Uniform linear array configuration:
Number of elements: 64
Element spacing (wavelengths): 0.25
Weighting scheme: binomial
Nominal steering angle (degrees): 0
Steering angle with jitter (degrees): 0.3753
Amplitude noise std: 0.05
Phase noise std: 0.05

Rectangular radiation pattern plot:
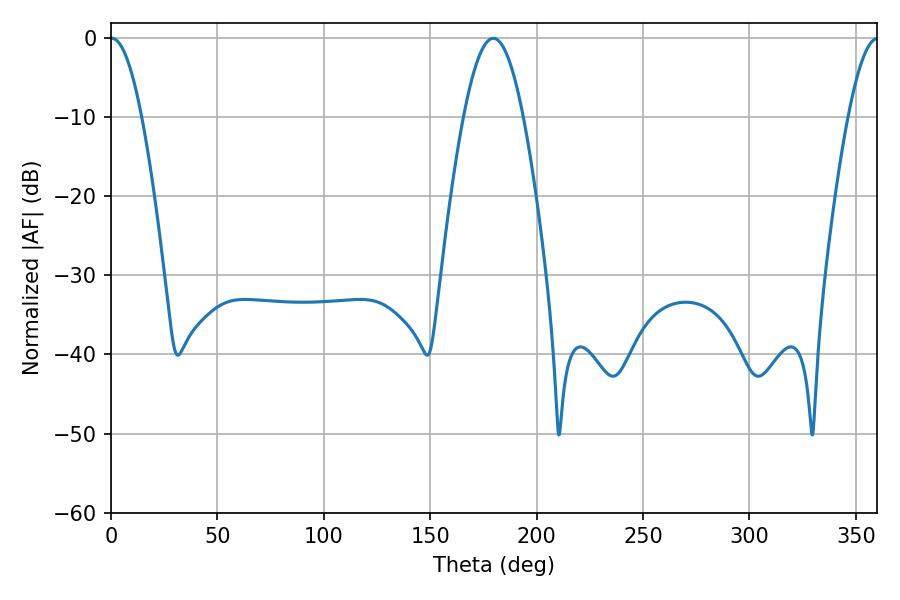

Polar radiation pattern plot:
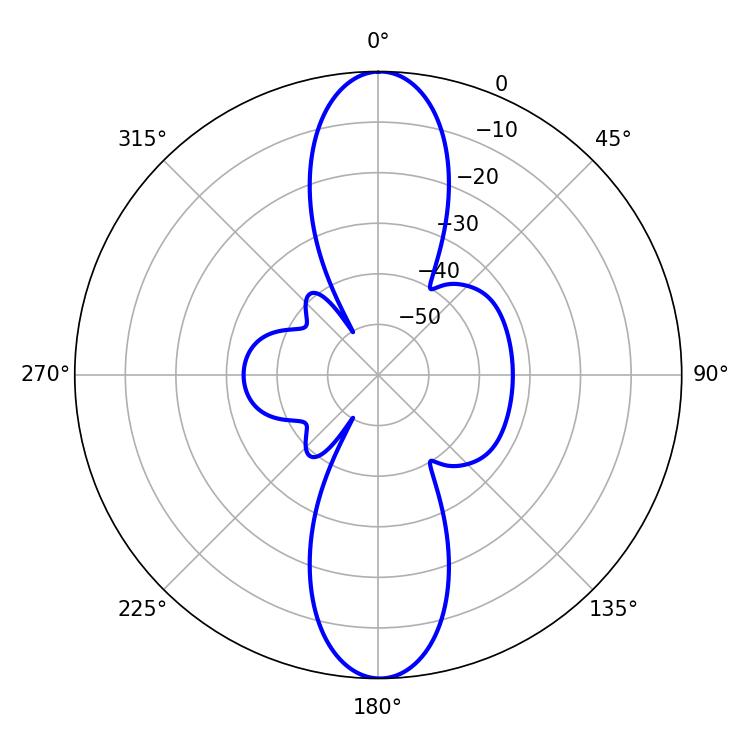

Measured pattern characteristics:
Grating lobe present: FALSE
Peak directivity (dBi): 27.085
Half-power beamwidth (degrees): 7.92
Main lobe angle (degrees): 0.36